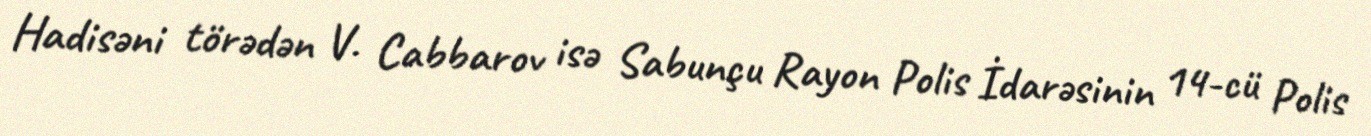
Hadisəni törədən V. Cabbarov isə Sabunçu Rayon Polis İdarəsinin 14-cü Polis